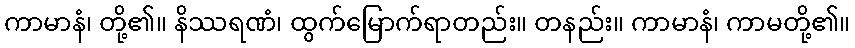
ကာမာနံ၊ တို့၏။ နိဿရဏံ၊ ထွက်မြောက်ရာတည်း။ တနည်း။ ကာမာနံ၊ ကာမတို့၏။